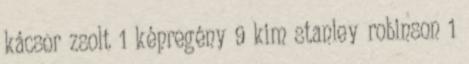
kácsor zsolt 1 képregény 9 kim stanley robinson 1